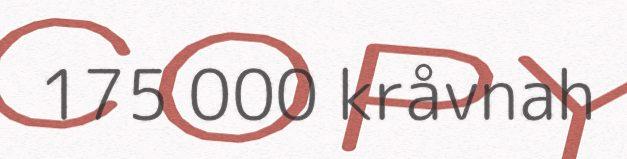
175 000 kråvnah